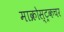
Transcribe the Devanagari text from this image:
माक्रोस्ट्रकचर